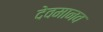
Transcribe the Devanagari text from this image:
देवमानव